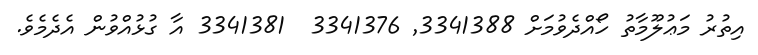
އިތުރު މަޢުލޫމާތު ހޯއްދެވުމަށް 3341388